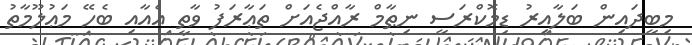
މިބީދައިން ބަލާއިރު ޑިމޮކްރަސީ ނިޠާމް ރާއްޖެއަށް ތަޢާރަފު ވާތީ އެއާއި ބެހޭ މަޢުލޫމާތު